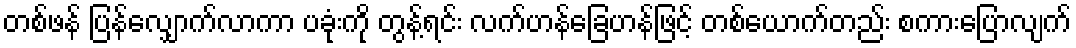
တစ်ဖန် ပြန်လျှောက်လာကာ ပခုံးကို တွန့်ရင်း လက်ဟန်ခြေဟန်ဖြင့် တစ်ယောက်တည်း စကားပြောလျက်